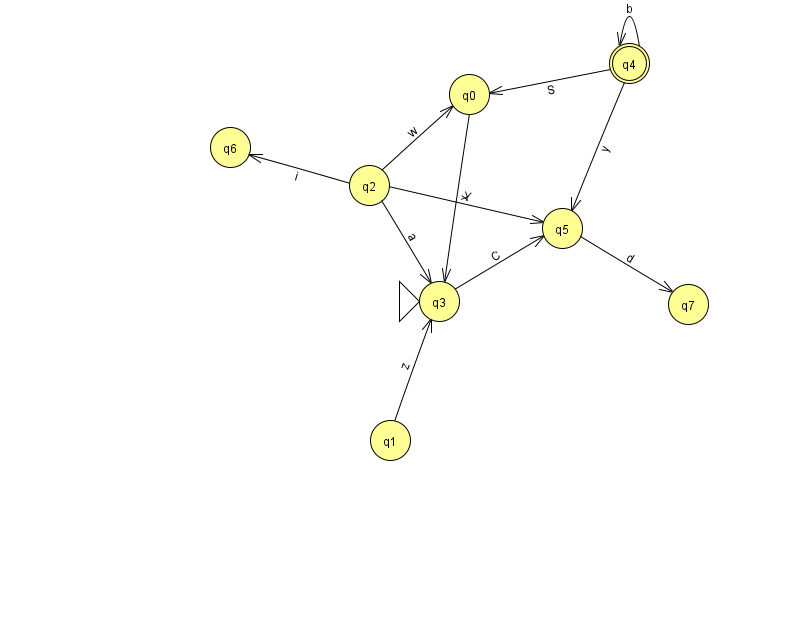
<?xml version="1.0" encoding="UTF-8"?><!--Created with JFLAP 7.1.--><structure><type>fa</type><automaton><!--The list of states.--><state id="0" name="q0"><x>469.0</x><y>81.0</y></state><state id="1" name="q1"><x>390.0</x><y>427.0</y></state><state id="2" name="q2"><x>369.0</x><y>172.0</y></state><state id="3" name="q3"><x>439.0</x><y>288.0</y><initial/></state><state id="4" name="q4"><x>629.0</x><y>50.0</y><final/></state><state id="5" name="q5"><x>562.0</x><y>215.0</y></state><state id="6" name="q6"><x>230.0</x><y>134.0</y></state><state id="7" name="q7"><x>688.0</x><y>291.0</y></state><!--The list of transitions.--><transition><from>2</from><to>0</to><read>w</read></transition><transition><from>2</from><to>3</to><read>a</read></transition><transition><from>4</from><to>4</to><read>b</read></transition><transition><from>5</from><to>7</to><read>d</read></transition><transition><from>3</from><to>5</to><read>C</read></transition><transition><from>1</from><to>3</to><read>z</read></transition><transition><from>4</from><to>5</to><read>y</read></transition><transition><from>2</from><to>5</to><read>Y</read></transition><transition><from>4</from><to>0</to><read>S</read></transition><transition><from>0</from><to>3</to><read>x</read></transition><transition><from>2</from><to>6</to><read>i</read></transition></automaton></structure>